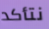
نتأكد